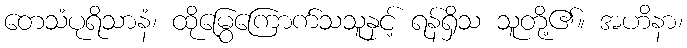
တေသံပုရိသာနံ၊ ထိုမြွေကြောက်သသူနှင့် ရန်ရှိသ သူတို့၏။ အဟိနာ၊